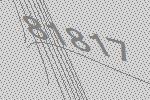
81817